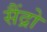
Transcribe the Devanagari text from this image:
सैंद्रो